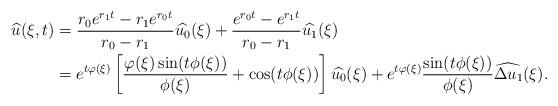
LaTeX: \begin{align*}\widehat{u}(\xi, t)&=\frac{r_0e^{r_1 t}-r_1e^{r_0 t}}{r_0-r_1}\widehat{u_0}(\xi) +\frac{e^{r_0t}-e^{r_1 t}}{r_0-r_1}\widehat{u_1}(\xi)\\ & =e^{t\varphi(\xi)}\left[\frac{\varphi(\xi)\sin(t\phi(\xi))}{\phi(\xi)} +\cos(t\phi(\xi))\right] \widehat{u_0}(\xi) +e^{t\varphi(\xi)}\frac{\sin(t\phi(\xi))}{\phi(\xi)} \widehat{\Delta u_1}(\xi).\end{align*}